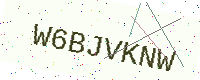
Text: W6BJVKNW